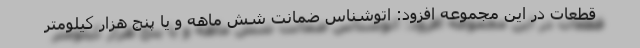
قطعات در این مجموعه افزود: اتوشناس ضمانت شش ماهه و یا پنج هزار کیلومتر